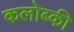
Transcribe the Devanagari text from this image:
कलोब्की